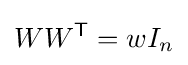
WW^{\mathsf {T}}=wI_{n}